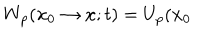
W _ { p } ( \mathbf { x } _ { 0 } \rightarrow \mathbf { x } ; t ) = U _ { p } ( \mathbf { x } _ { 0 }